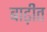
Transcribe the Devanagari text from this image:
बाढ़ीत